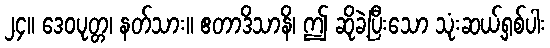
၂၄။ ဒေဝပုတ္တ၊ နတ်သား။ ဧတာဒိသာနိ၊ ဤ ဆိုခဲ့ပြီးသော သုံးဆယ့်ရှစ်ပါး